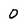
Character: 0